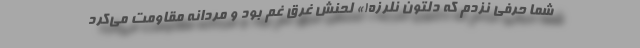
شما حرفی نزدم که دلتون نلرزه!» لحنش غرق غم بود و مردانه مقاومت می‌کرد